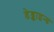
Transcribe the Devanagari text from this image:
डेड्काइन्ड